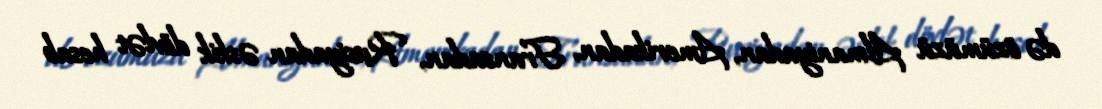
də özümüzü Almaniyadan, Amerikadan, Fransadan, Rusiyadan əskik dövlət hesab